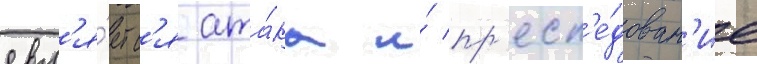
явл'я́етс'я ата́ка и́ пр'есл'е́дован'ие